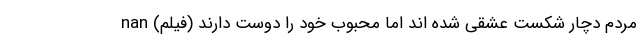
مردم دچار شکست عشقی شده اند اما محبوب خود را دوست دارند (فیلم) nan